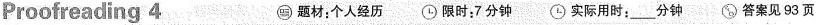
Proofreading 4 题材:个人经历 限时:7分钟 实际用时:___分钟 答案见93页